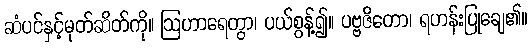
ဆံပင်နှင့်မုတ်ဆိတ်ကို။ ဩဟာရေတွာ၊ ပယ်စွန့်၍။ ပဗ္ဗဇိတော၊ ရဟန်းပြုချေ၏။